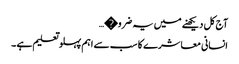
آج کل دیکھنے میں یہ ضرو�…
انسانی معاشرے کا سب سے اہم پہلو تعلیم ہے ۔